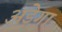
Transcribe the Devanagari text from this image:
अड़ेगा